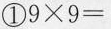
① $$9 \times 9 = $$